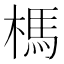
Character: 榪